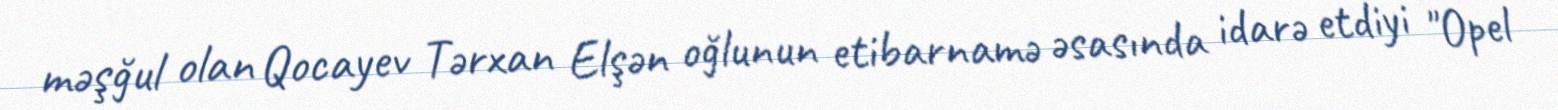
məşğul olan Qocayev Tərxan Elşən oğlunun etibarnamə əsasında idarə etdiyi "Opel